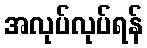
အလုပ်လုပ်ရန်